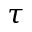
\tau